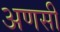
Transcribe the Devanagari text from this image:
अणसी